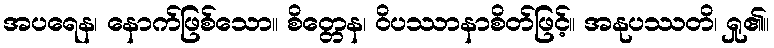
အပရေန၊ နောက်ဖြစ်သော။ စိတ္တေန၊ ဝိပဿာနာစိတ်ဖြင့်။ အနုပဿတိ၊ ရှု၏။